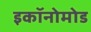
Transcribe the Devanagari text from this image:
इकॉनोमोड